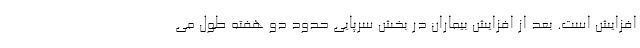
افزایش است. بعد از افزایش بیماران در بخش سرپایی حدود دو هفته طول می